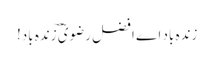
زندہ باد اے افضل رضویؔ ؔزندہ باد!